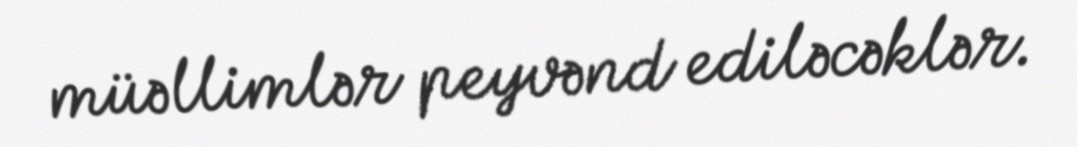
müəllimlər peyvənd ediləcəklər.